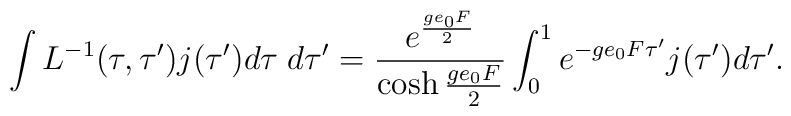
\int L^{-1}(\tau,\tau^{\prime})j(\tau^{\prime})d\tau \; d\tau^{\prime}=  \frac{e^{\frac{ge_{0}F}{2}}} {\cosh\frac{ge_{0}F}{2}}\int_{0}^1 e^{-ge_{0}F\tau^{\prime}} j(\tau^{\prime})d\tau^{\prime}.